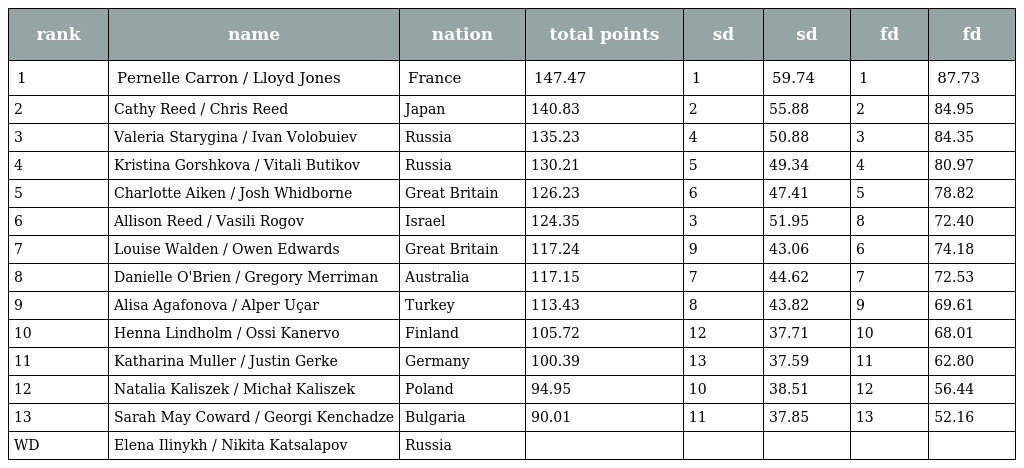
| rank | name | nation | total points | sd | sd | fd | fd |
 | --- | --- | --- | --- | --- | --- | --- | --- |
 | 1 | Pernelle Carron / Lloyd Jones | France | 147.47 | 1 | 59.74 | 1 | 87.73 |
 | 2 | Cathy Reed / Chris Reed | Japan | 140.83 | 2 | 55.88 | 2 | 84.95 |
 | 3 | Valeria Starygina / Ivan Volobuiev | Russia | 135.23 | 4 | 50.88 | 3 | 84.35 |
 | 4 | Kristina Gorshkova / Vitali Butikov | Russia | 130.21 | 5 | 49.34 | 4 | 80.97 |
 | 5 | Charlotte Aiken / Josh Whidborne | Great Britain | 126.23 | 6 | 47.41 | 5 | 78.82 |
 | 6 | Allison Reed / Vasili Rogov | Israel | 124.35 | 3 | 51.95 | 8 | 72.40 |
 | 7 | Louise Walden / Owen Edwards | Great Britain | 117.24 | 9 | 43.06 | 6 | 74.18 |
 | 8 | Danielle O'Brien / Gregory Merriman | Australia | 117.15 | 7 | 44.62 | 7 | 72.53 |
 | 9 | Alisa Agafonova / Alper Uçar | Turkey | 113.43 | 8 | 43.82 | 9 | 69.61 |
 | 10 | Henna Lindholm / Ossi Kanervo | Finland | 105.72 | 12 | 37.71 | 10 | 68.01 |
 | 11 | Katharina Muller / Justin Gerke | Germany | 100.39 | 13 | 37.59 | 11 | 62.80 |
 | 12 | Natalia Kaliszek / Michał Kaliszek | Poland | 94.95 | 10 | 38.51 | 12 | 56.44 |
 | 13 | Sarah May Coward / Georgi Kenchadze | Bulgaria | 90.01 | 11 | 37.85 | 13 | 52.16 |
 | WD | Elena Ilinykh / Nikita Katsalapov | Russia |  |  |  |  |  |